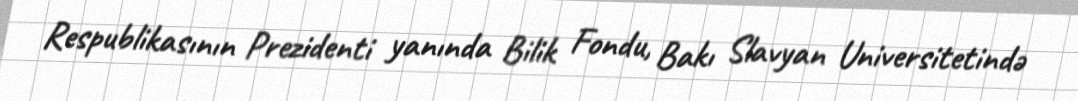
Respublikasının Prezidenti yanında Bilik Fondu, Bakı Slavyan Universitetində